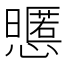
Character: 𢤃